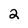
Character: 2